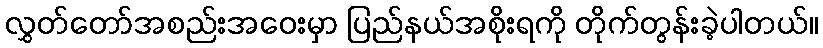
လွှတ်တော်အစည်းအဝေးမှာ ပြည်နယ်အစိုးရကို တိုက်တွန်းခဲ့ပါတယ်။